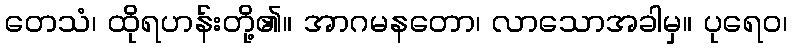
တေသံ၊ ထိုရဟန်းတို့၏။ အာဂမနတော၊ လာသောအခါမှ။ ပုရေဝ၊